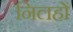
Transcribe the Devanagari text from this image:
निलहों